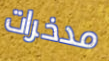
مدخرات